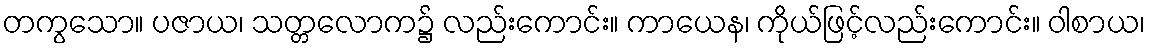
တကွသော။ ပဇာယ၊ သတ္တလောက၌ လည်းကောင်း။ ကာယေန၊ ကိုယ်ဖြင့်လည်းကောင်း။ ဝါစာယ၊